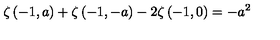
\zeta \left( - 1 , a \right) + \zeta \left( - 1 , - a \right) - 2 \zeta \left( - 1 , 0 \right) = - a ^ { 2 }